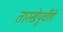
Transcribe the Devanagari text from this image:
तारखेपूर्वीही